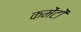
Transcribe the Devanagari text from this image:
कमेंटों